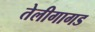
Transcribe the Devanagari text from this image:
तेलीगागड